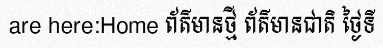
are here:Home ព័ត៌មានថ្មី ព័ត៌មានជាតិ ថ្ងៃទី